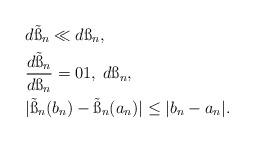
LaTeX: \begin{align*}&d\tilde{\ss}_n\ll d\ss_n, \\&\frac{d\tilde{\ss}_n}{d\ss_n}=01, \; d\ss_n,\\&|\tilde{\ss}_n(b_n)-\tilde{\ss}_n(a_n)|\leq |b_n-a_n|.\end{align*}